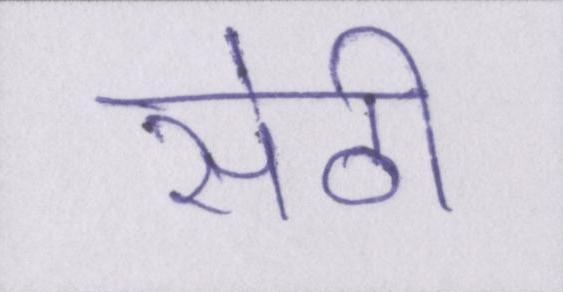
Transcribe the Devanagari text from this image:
सेठी